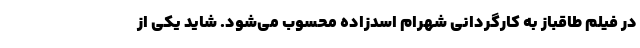
در فیلم طاقباز به کارگردانی شهرام اسدزاده محسوب می‌شود. شاید یکی از